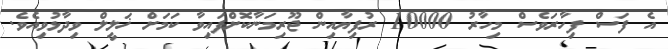
އެ ފަސް ފިހާރަވެސް މިހާރު 10000 ރުފިޔާއިން ޖޫރިމަނާކޮށްފައިވާ ކަމަށް ޚަލީލް ވިދާޅުވިއެވެ.